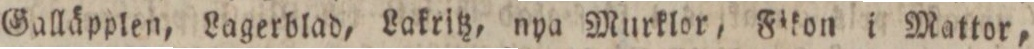
Galläpplen, Lagerblad, Lakritz, nya Murklor, Fikon i Mattor,